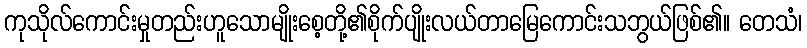
ကုသိုလ်ကောင်းမှုတည်းဟူသောမျိုးစေ့တို့၏စိုက်ပျိုးလယ်တာမြေကောင်းသဘွယ်ဖြစ်၏။ တေသံ၊